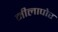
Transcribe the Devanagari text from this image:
नीलापोर